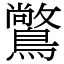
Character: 𪅶